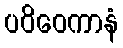
ပဝိဝေကာနံ